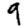
Digit: 9